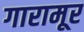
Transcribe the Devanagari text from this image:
गारामूर